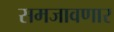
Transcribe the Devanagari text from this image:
समजावणार